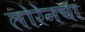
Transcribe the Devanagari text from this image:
लोरेनचा